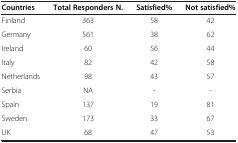
<table><thead><tr><td><b>Countries</b></td><td><b>Total Responders N.</b></td><td><b>Satisfied%</b></td><td><b>Not satisfied%</b></td></tr></thead><tbody><tr><td>Finland</td><td>363</td><td>58</td><td>42</td></tr><tr><td>Germany</td><td>561</td><td>38</td><td>62</td></tr><tr><td>Ireland</td><td>60</td><td>56</td><td>44</td></tr><tr><td>Italy</td><td>82</td><td>42</td><td>58</td></tr><tr><td>Netherlands</td><td>98</td><td>43</td><td>57</td></tr><tr><td>Serbia</td><td>NA</td><td>-</td><td>-</td></tr><tr><td>Spain</td><td>137</td><td>19</td><td>81</td></tr><tr><td>Sweden</td><td>173</td><td>33</td><td>67</td></tr><tr><td>UK</td><td>68</td><td>47</td><td>53</td></tr></tbody></table>